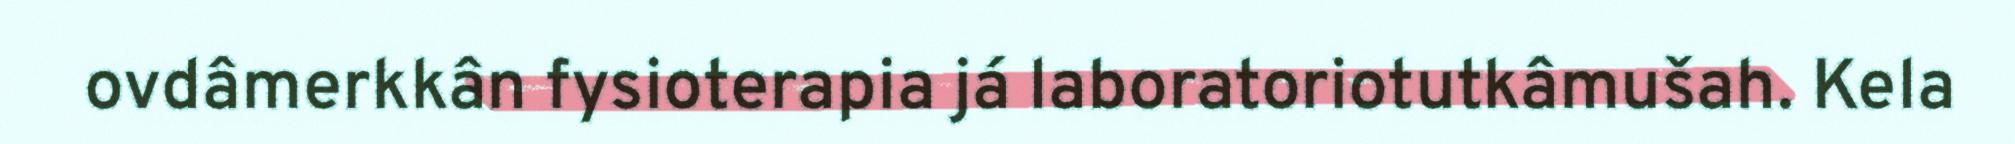
ovdâmerkkân fysioterapia já laboratoriotutkâmušah. Kela